Lunatic asylums in Bengal annual reports 1912-1924 - 1912-1924
Year: 1912
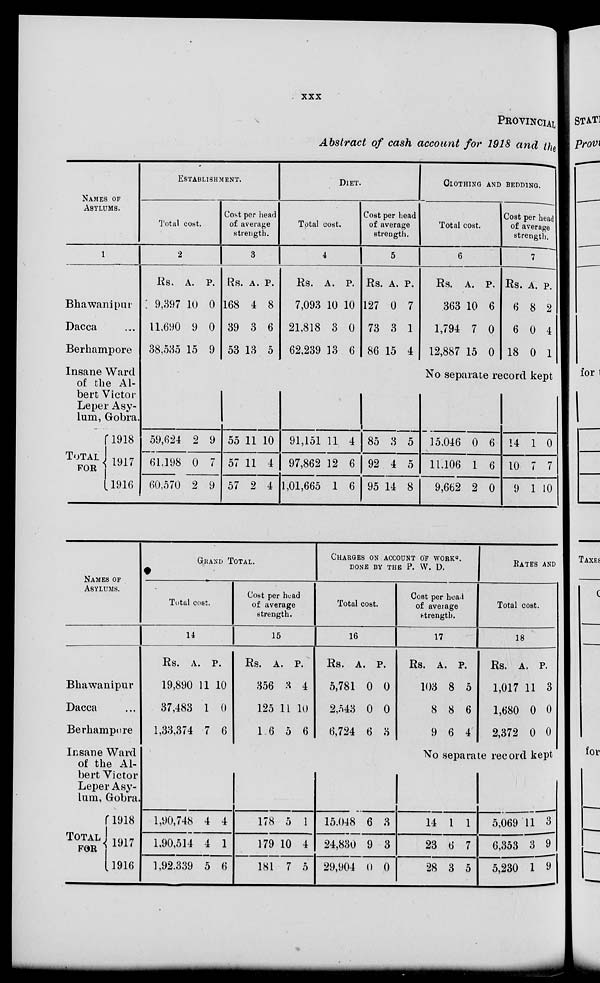
xxx
PROVINCIAL
Abstract of cash account for 1918 and the
NAMES OF
ASYLUMS.
1
Bhawanipur
Dacca ...
Berhampore
Insane Ward
of the Al-
bert Victor
Leper Asy-
lum, Gobra.
TOTAL
FOR
1918
1917
1916
ESTABLISHMENT.
Total cost.
2
Rs.
9,397
11,690
38,535
A.
10
9
15
P.
0
0
9
59,624
61,198
60,570
2
0
2
9
7
9
Cost per head
of average
strength.
3
Rs.
168
39
53
A.
4
3
13
P.
8
6
5
55
57
57
11
11
2
10
4
4
DIET.
Total cost.
4
Rs.
7,093
21,818
62,239
A.
10
3
13
P.
10
0
6
91,151
97,862
1,01,665
11
12
1
4
6
6
Cost per head
of average
strength.
5
Rs.
127
73
86
A.
0
3
15
P.
7
1
4
85
92
95
3
4
14
5
5
8
CLOTHING AND BEDDING.
Total cost.
6
Rs.
363
1,794
12,887
A.
10
7
15
P.
6
0
0
Cost per head
of average
strength.
7
Rs.
6
6
18
A.
8
0
0
P.
2
4
1
No separate record kept
15,046
11,106
9,662
0
1
2
6
6
0
14
10
9
1
7
1
0
7
10
NAMES OF
ASYLUMS.
Bhawanipur
Dacca ...
Berhampore
Insane Ward
of the Al-
bert Victor
Leper Asy-
lum, Gobra,
TOTAL
FOR
1918
1917
1916
GRAND TOTAL.
Total cost.
14
Rs.
19,890
37,483
1,33,374
A.
11
1
7
P.
10
0
6
1,90,748
1,90,514
1,92,339
4
4
5
4
1
6
Cost per head
of average
strength.
15
Rs.
356
125
1 6
A.
3
11
5
P.
4
10
6
178
179
181
5
10
7
1
4
5
CHARGES ON ACCOUNT OF WORK
DONE BY THE P. W. D.
Total cost.
16
Rs.
5,781
2,543
6,724
A.
0
0
6
P.
0
0
3
15.048
24,830
29,904
6
9
0
3
3
0
Cost per head
of average
strength.
17
Rs.
103
8
9
A.
8
8
6
P.
5
6
4
RATES AND
Total cost.
18
Rs.
1,017
1,680
2,372
A.
11
0
0
P.
3
0
0
No separate record kept
14
23
28
1
6
3
1
7
5
5,069
6,353
5,230
11
3
1
3
9
9